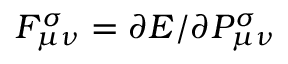
F _ { \mu \nu } ^ { \sigma } = \partial E / \partial P _ { \mu \nu } ^ { \sigma }